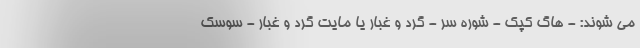
می شوند: - هاگ کپک - شوره سر - گرد و غبار یا مایت گرد و غبار - سوسک